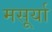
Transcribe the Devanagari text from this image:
मसूर्या